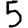
Digit: 5